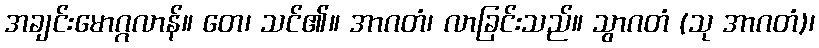
အချင်းမောဂ္ဂလာန်။ တေ၊ သင်၏။ အာဂတံ၊ လာခြင်းသည်။ သွာဂတံ (သု အာဂတံ)၊